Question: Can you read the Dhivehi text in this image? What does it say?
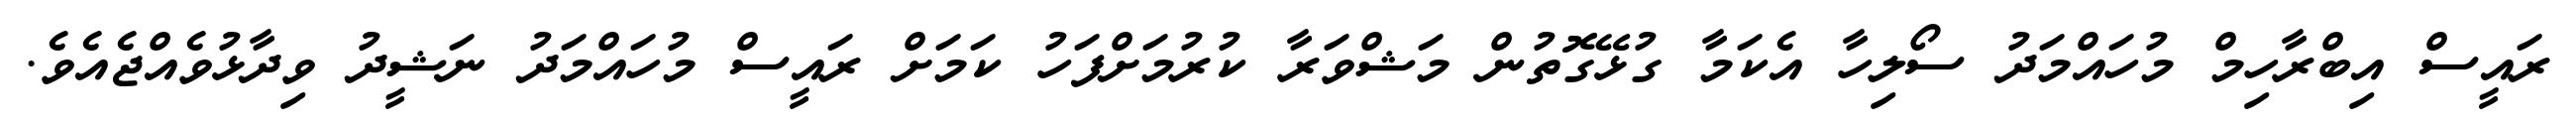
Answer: ރައީސް އިބްރާހިމް މުހައްމަދު ސޯލިހާ އެކަމާ ގުޅޭގޮތުން މަޝްވަރާ ކުރުމަށްފަހު ކަމަށް ރައީސް މުހައްމަދު ނަޝީދު ވިދާޅުވެއްޖެއެވެ.